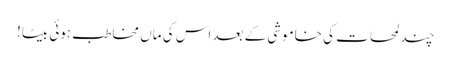
چند لمحات کی خاموشی کے بعد اس کی ماں مخاطب ہوئی بیٹا!